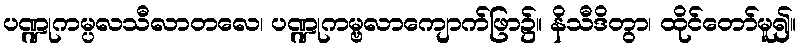
ပဏ္ဍုကမ္ပလသီလာတလေ၊ ပဏ္ဍုကမ္ဗလာကျောက်ဖြာ၌။ နိသီဒိတွာ၊ ထိုင်တော်မူ၍။